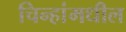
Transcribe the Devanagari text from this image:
चिन्हांमधील